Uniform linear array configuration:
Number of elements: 4
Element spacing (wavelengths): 1
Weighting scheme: blackman
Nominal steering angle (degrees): -60
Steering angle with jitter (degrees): -59.883
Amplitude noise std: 0.05
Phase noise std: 0.05

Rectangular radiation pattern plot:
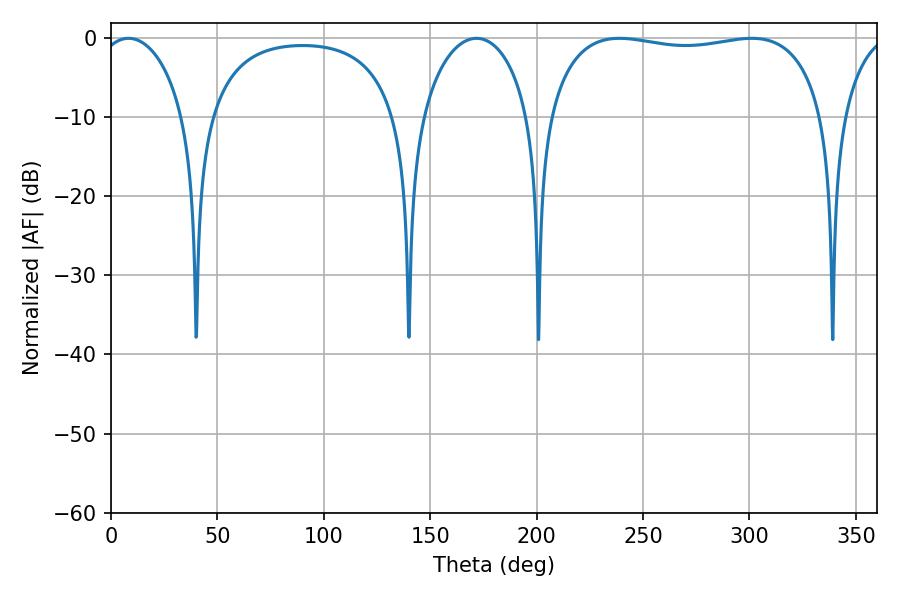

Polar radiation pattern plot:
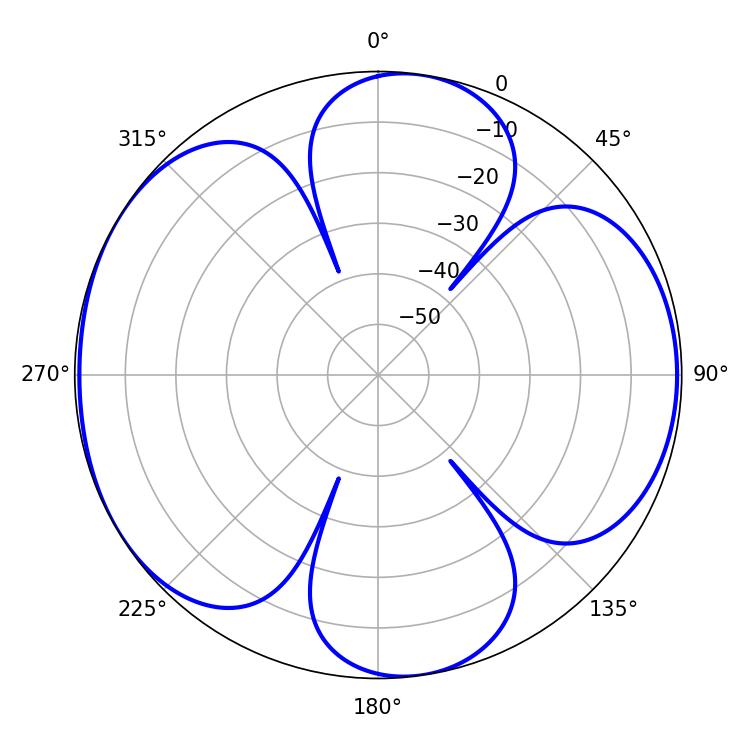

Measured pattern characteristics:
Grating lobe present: TRUE
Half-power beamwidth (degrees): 23.04
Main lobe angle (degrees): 8.28